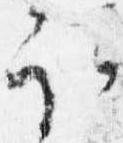
取